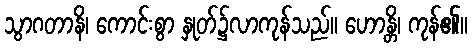
သွာဂတာနိ၊ ကောင်းစွာ နှုတ်၌လာကုန်သည်။ ဟောန္တိ၊ ကုန်၏။